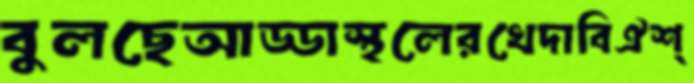
বুলছেআড্ডাস্থলেরখেদাবিঐশ্